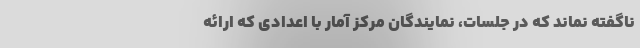
ناگفته نماند که در جلسات، نمایندگان مرکز آمار با اعدادی که ارائه